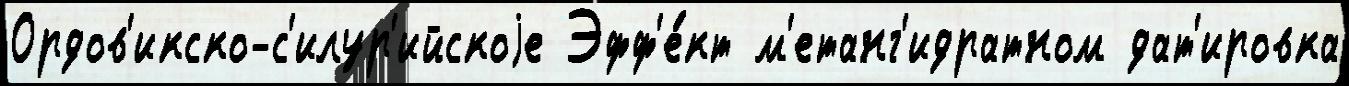
Ордов'икско-с'илур'ийскоjе Эфф'е́кт м'етанг'идратном дат'ировка